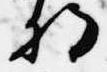
将